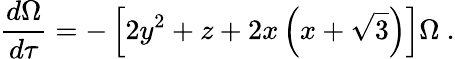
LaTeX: \frac{d\Omega}{d\tau}=-\left[2y^{2}+z+2x\left(x+\sqrt{3}\right)\right]\Omega\ .